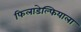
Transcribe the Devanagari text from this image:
फिलाडेल्फियाला